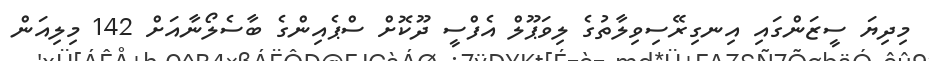
މިދިޔަ ސީޒަންގައި އިނގިރޭސިވިލާތުގެ ލިވަޕޫލް އެފްސީ ދޫކޮށް ސްޕެއިންގެ ބާސެލޯނާއަށް 142 މިލިއަން